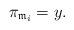
LaTeX: \begin{align*} \pi_{\mathfrak{m}_i}=y. \end{align*}